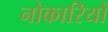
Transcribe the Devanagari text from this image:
नोकारियों